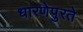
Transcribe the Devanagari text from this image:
धारणेपुरते